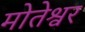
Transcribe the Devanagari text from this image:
मोतेश्वर